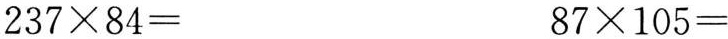
$$2 3 7 \times 8 4 =$$ $$8 7 \times 1 0 5 =$$